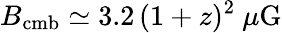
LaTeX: B_{\mathrm{cmb}}\simeq 3.2\, (1+z)^{2}~\mu\mathrm{G}